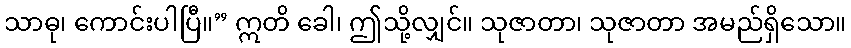
သာဓု၊ ကောင်းပါပြီ။” ဣတိ ခေါ၊ ဤသို့လျှင်။ သုဇာတာ၊ သုဇာတာ အမည်ရှိသော။